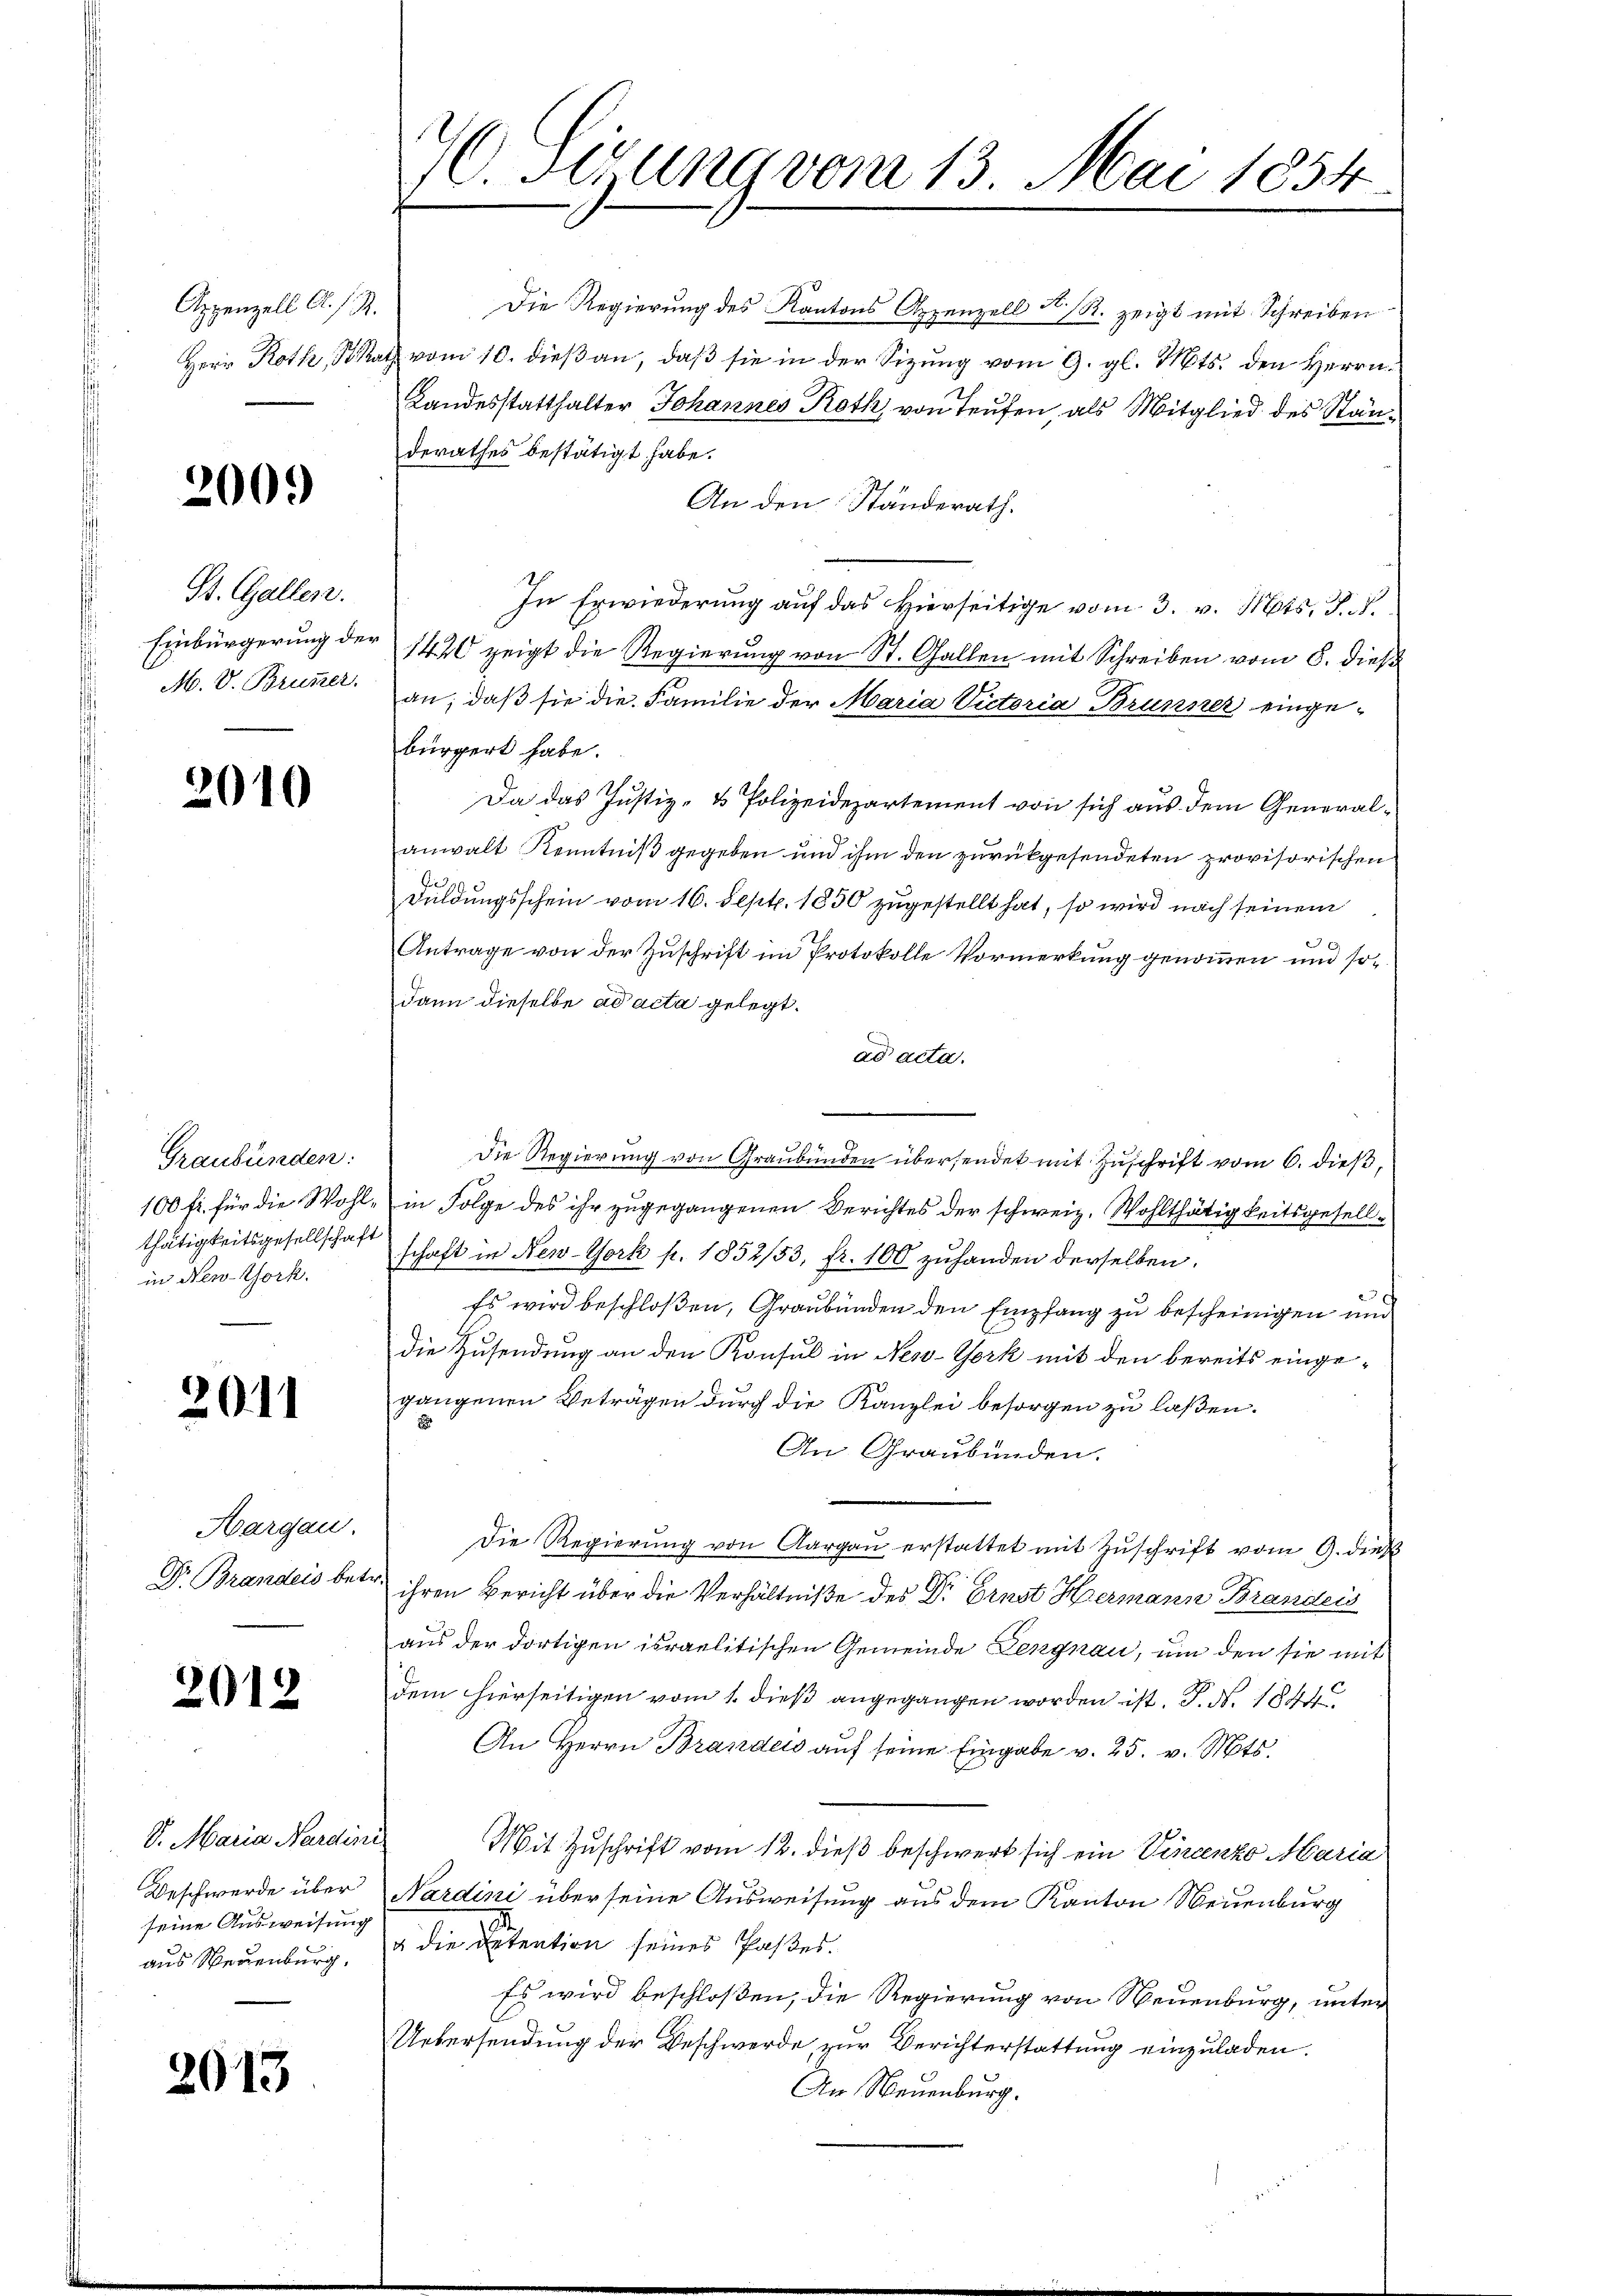
Appenzell A. h. R.

200)

St. Gallen.
Einbürgerung der
M. V. Brunner

2010

Graubünden:
thätigkeitsgesellschaft
in New-York.

2011

Aargau.
Dr. Brandeis bet

201.

S. Maria Nardini
Beschwerde über
seine Ausweisung
aus Neuenburg,

2013

Die Regierung des Kantons Appenzell A. R. zeigt mit Schreiben
Herr Roth, Satz vom 10. dieβan, daβ sie in der Sitzung vom 9. gl. Mts. den Herrn
Landesstatthalter Johannes Roth, von Teufen, als Mitglied des Ständerathes bestätigt habe.
An den Ständerath.
In Erwiederung auf das hierseitige vom 3. v. Mts. S. 8.
1420 zeigt die Regierung von St. Gallen mit Schreiben vom 8. dieß
an; daß sie die Familie der Maria Victoria Brunner eingebürgert habe.
Da das Justiz- & Polizeidepartement von sich aus dem Generalanwalt Kenntniß gegeben und ihm den zurückgesendeten provisorischen
Duldungsschein vom 16. Sept. 1850 zugestellt hat, so wird nach seinem
Antrage von der Zuschrift im Protokolle Vormerkung genommen und sodann dieselbe ad acta gelegt.
ad acta.
Die Regierung von Graubünden übersendet mit Zuschrift vom 6. dieß,
100 fr. für die Wohl, in Folge des ihr zugegangenen Berichtes der schweiz. Wohlthätigkeitsgesellschaft in New-York p. 1852/53, fr. 100 zuhanden derselben.
u
Es wird beschloßen, Graubünden den Empfang zu bescheinigen und
die Zusendung an den Konsul in New-York mit den bereits einge-
gangenen Beträgen durch die Kanzlei besorgen zu laßen.
x
An Graubünden.
Die Regierung von Aargau erstattet mit Zuschrift vom 9. dieß
 ihren Bericht über die Verhältniße des Dr. Ernst Hermann Branders
aus der dortigen israelitischen Gemeinde Lengnau, um den sie mit
dem hierseitigen vom 1. dieß angegangen worden ist. P. Nr. 1844
An Herrn Branders auf seine Eingabe v. 25. v. Mts.
Mit Zuschrift vom 12. dieß beschwert sich ein Vincenzo Maria
Nardini über seine Ausweisung aus dem Kanton Neuenburg
a die Situation seines Pastes.
Es wird beschloßen, die Regierung von Neuenburg, unter
Uebersendung der Beschwerde zur Berichterstattung einzuladen.
An Neuenburg.

7. Sizung vom 13. Mai 1854